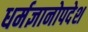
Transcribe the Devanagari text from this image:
धर्मज्ञानोपदेश